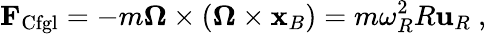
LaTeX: \mathbf{F}_{\mathrm{Cfgl}}=-m{\boldsymbol{\Omega}}\times({\boldsymbol{\Omega}}\times\mathbf{x}_{B})=m\omega_{R}^{2}R\mathbf{u}_{R}\ ,